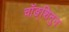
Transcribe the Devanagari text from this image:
चॉङ्शिनुन